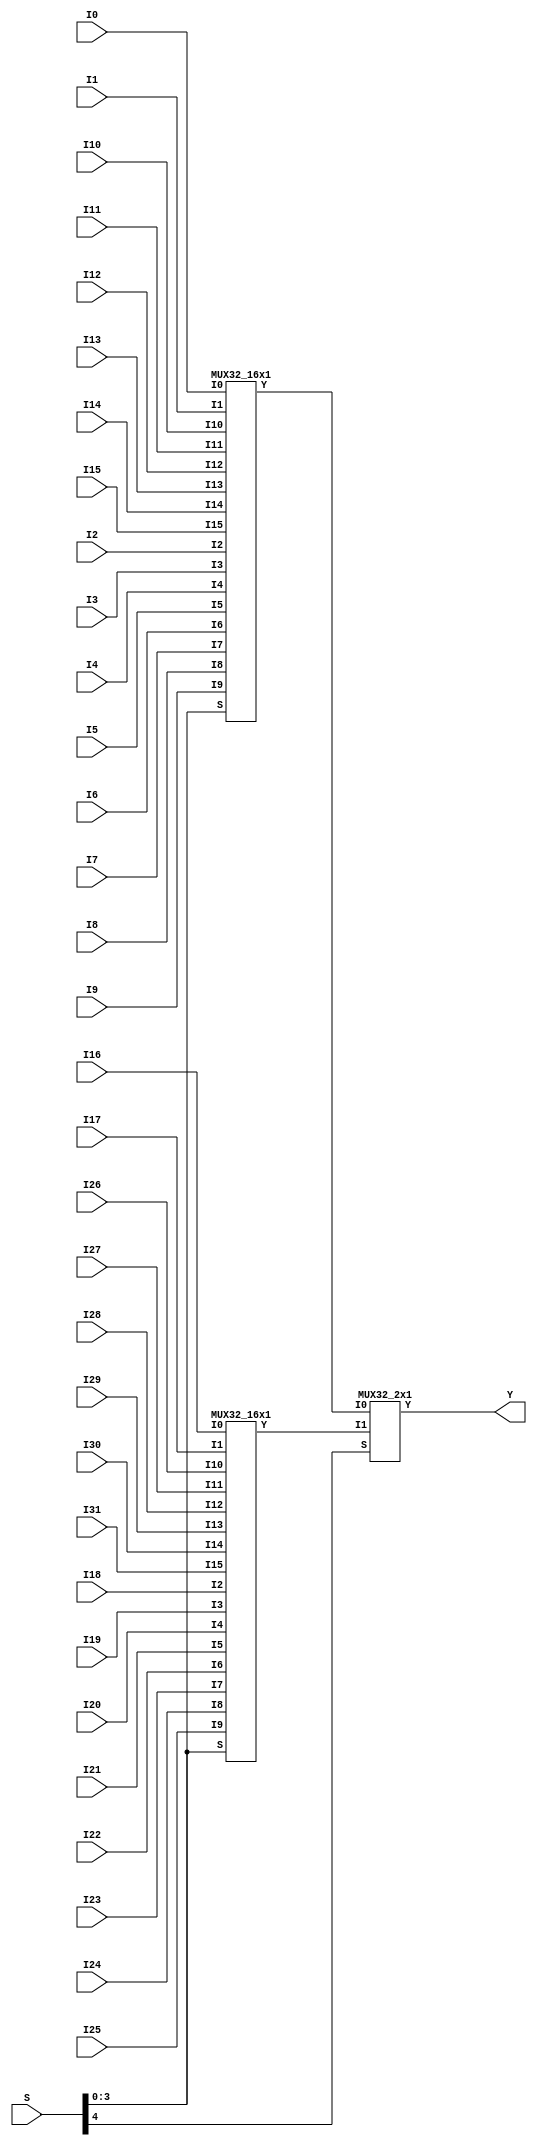
// Name: mux.v
// Module: 
// Input: 
// Output: 
//
// Notes: Common definitions
// 
//
// Revision History:
//
// Version	Date		Who		email			note
//------------------------------------------------------------------------------------------
//  1.0     Sep 02, 2014	Kaushik Patra	kpatra@sjsu.edu		Initial creation
//  1.1     Apr 11, 2020	Ryan Tran	tranryanp@gmail.com	All MUX's implemented
//------------------------------------------------------------------------------------------
//
// 32-bit mux
module MUX32_32x1(Y, I0, I1, I2, I3, I4, I5, I6, I7,
                     I8, I9, I10, I11, I12, I13, I14, I15,
                     I16, I17, I18, I19, I20, I21, I22, I23,
                     I24, I25, I26, I27, I28, I29, I30, I31, S);
// output list
output [31:0] Y;
//input list
input [31:0] I0, I1, I2, I3, I4, I5, I6, I7;
input [31:0] I8, I9, I10, I11, I12, I13, I14, I15;
input [31:0] I16, I17, I18, I19, I20, I21, I22, I23;
input [31:0] I24, I25, I26, I27, I28, I29, I30, I31;
input [4:0] S;

wire [31:0] MUX_result_1;
wire [31:0] MUX_result_2;

MUX32_16x1 mux32_16x1_inst1(.Y(MUX_result_1), .I0(I0), .I1(I1), .I2(I2), .I3(I3),
	.I4(I4), .I5(I5), .I6(I6), .I7(I7), .I8(I8), .I9(I9), .I10(I10),
	.I11(I11), .I12(I12), .I13(I13), .I14(I14), .I15(I15), .S(S[3:0]));
MUX32_16x1 mux32_16x1_inst2(.Y(MUX_result_2), .I0(I16), .I1(I17), .I2(I18), .I3(I19), .I4(I20),
	.I5(I21), .I6(I22), .I7(I23), .I8(I24), .I9(I25), .I10(I26),
	.I11(I27), .I12(I28), .I13(I29), .I14(I30), .I15(I31), .S(S[3:0]));
MUX32_2x1 mux32_2x1_inst1(.Y(Y), .I0(MUX_result_1), .I1(MUX_result_2), .S(S[4]));

endmodule

// 32-bit 16x1 mux
module MUX32_16x1(Y, I0, I1, I2, I3, I4, I5, I6, I7,
                     I8, I9, I10, I11, I12, I13, I14, I15, S);
// output list
output [31:0] Y;
//input list
input [31:0] I0;
input [31:0] I1;
input [31:0] I2;
input [31:0] I3;
input [31:0] I4;
input [31:0] I5;
input [31:0] I6;
input [31:0] I7;
input [31:0] I8;
input [31:0] I9;
input [31:0] I10;
input [31:0] I11;
input [31:0] I12;
input [31:0] I13;
input [31:0] I14;
input [31:0] I15;
input [3:0] S;

wire [31:0] MUX_result_1;
wire [31:0] MUX_result_2;

MUX32_8x1 mux_32_8x1_inst1(.Y(MUX_result_1), .I0(I0), .I1(I1),.I2(I2),
	.I3(I3), .I4(I4), .I5(I5), .I6(I6), .I7(I7), .S(S[2:0]));
MUX32_8x1 mux_32_8x1_inst2(.Y(MUX_result_2), .I0(I8), .I1(I9), .I2(I10),
	.I3(I11), .I4(I12), .I5(I13), .I6(I14), .I7(I15), .S(S[2:0]));
MUX32_2x1 mux_32_2x1_inst1(.Y(Y), .I0(MUX_result_1), .I1(MUX_result_2), .S(S[3]));

endmodule

// 32-bit 8x1 mux
module MUX32_8x1(Y, I0, I1, I2, I3, I4, I5, I6, I7, S);
// output list
output [31:0] Y;
//input list
input [31:0] I0;
input [31:0] I1;
input [31:0] I2;
input [31:0] I3;
input [31:0] I4;
input [31:0] I5;
input [31:0] I6;
input [31:0] I7;
input [2:0] S;

wire [31:0] MUX_result_1;
wire [31:0] MUX_result_2;

MUX32_4x1 mux32_4x1_inst1(.Y(MUX_result_1), .I0(I0), .I1(I1), .I2(I2), .I3(I3), .S(S[1:0]));
MUX32_4x1 mux32_4x1_inst2(.Y(MUX_result_2), .I0(I4), .I1(I5), .I2(I6), .I3(I7), .S(S[1:0]));
MUX32_2x1 mux32_2x1_inst1(.Y(Y), .I0(MUX_result_1), .I1(MUX_result_2), .S(S[2]));

endmodule

// 32-bit 4x1 mux
module MUX32_4x1(Y, I0, I1, I2, I3, S);
// output list
output [31:0] Y;
//input list
input [31:0] I0;
input [31:0] I1;
input [31:0] I2;
input [31:0] I3;
input [1:0] S;

wire [31:0] MUX_result_1;
wire [31:0] MUX_result_2;

MUX32_2x1 mux32_2x1_inst1(.Y(MUX_result_1), .I0(I0), .I1(I1), .S(S[0]));
MUX32_2x1 mux32_2x1_inst2(.Y(MUX_result_2), .I0(I2), .I1(I3), .S(S[0]));
MUX32_2x1 mux32_2x1_inst3(.Y(Y), .I0(MUX_result_1), .I1(MUX_result_2), .S(S[1]));

endmodule

// 32-bit mux
module MUX32_2x1(Y, I0, I1, S);
// output list
output [31:0] Y;
//input list
input [31:0] I0;
input [31:0] I1;
input S;

// generates 32 1-bit 2x1 multiplexers
genvar i;
generate
	for (i = 0; i < 32; i = i + 1)
	begin: mux1_2x1_generation_loop
		MUX1_2x1 mux1_2x1_inst1(Y[i], I0[i], I1[i], S);
	end
endgenerate

endmodule

// 1-bit mux
module MUX1_2x1(Y,I0, I1, S);
//output list
output Y;
//input list
input I0, I1, S;

wire s_inv, and_1, and_2;

not not_inst1(s_inv, S);
and and_inst1(and_1, s_inv, I0);
and and_inst2(and_2, S, I1);
or or_inst1(Y, and_1, and_2);

endmodule

// 64-bit mux
module MUX64_2x1(Y, I0, I1, S);
// output list
output [63:0] Y;
//input list
input [63:0] I0;
input [63:0] I1;
input S;

// generates 64 1-bit 2x1 multiplexers
genvar i;
generate
	for (i = 0; i < 64; i = i + 1)
	begin : mux1_2x1_generation_loop
		MUX1_2x1 mux1_2x1_inst1(Y[i], I0[i], I1[i], S);
	end
endgenerate

endmodule

// 5-bit mux
module MUX5_2x1(Y, I0, I1, S);
// output list
output [4:0] Y;
//input list
input [4:0] I0;
input [4:0] I1;
input S;

genvar i;
generate
    for (i = 0; i < 5; i = i + 1)
    begin : mux1_2x1_gen_loop
        MUX1_2x1 mux1_2x1_inst1(Y[i], I0[i], I1[i], S);
    end
endgenerate

endmodule